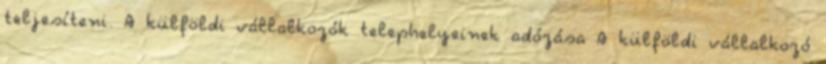
teljesíteni. A külföldi vállalkozók telephelyeinek adózása A külföldi vállalkozó